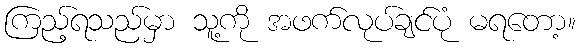
ကြည့်ရသည်မှာ သူ့ကို အဖက်လုပ်ချင်ပုံ မရတော့။